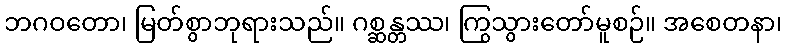
ဘဂဝတော၊ မြတ်စွာဘုရားသည်။ ဂစ္ဆန္တဿ၊ ကြွသွားတော်မူစဉ်။ အစေတနာ၊